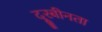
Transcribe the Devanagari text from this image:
दूरबीनता